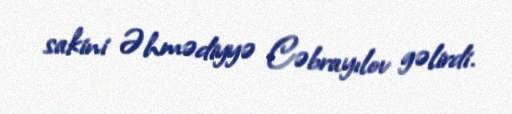
sakini Əhmədiyyə Cəbrayılov gəlirdi.